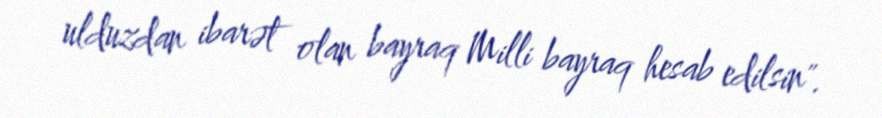
ulduzdan ibarət olan bayraq Milli bayraq hesab edilsin".